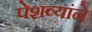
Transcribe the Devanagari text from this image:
पेशव्यांने